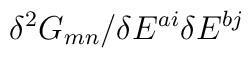
\delta^2 G_{m n} / \delta E^{a i}\delta E^{b j}